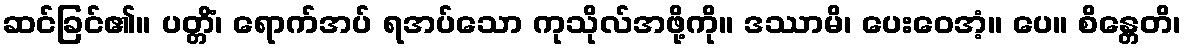
ဆင်ခြင်၏။ ပတ္တိံ၊ ရောက်အပ် ရအပ်သော ကုသိုလ်အဖို့ကို။ ဒဿာမိ၊ ပေးဝေအံ့။ ပေ။ စိန္တေတိ၊